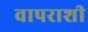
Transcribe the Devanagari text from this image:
वापराशी